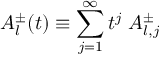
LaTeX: A _ { l } ^ { \pm } ( t ) \equiv \sum _ { j = 1 } ^ { \infty } t ^ { j } \; A _ { l , j } ^ { \pm }